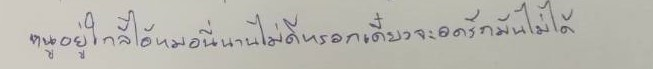
หนูอยู่ใกล้ไอ้หมอนี่นานไม่ดีหรอกเดี๋ยวจะอดรักมันไม่ได้